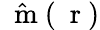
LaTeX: \hat{\mathrm{~\mathbf~m~}}(\mathrm{~\mathbf~r~})